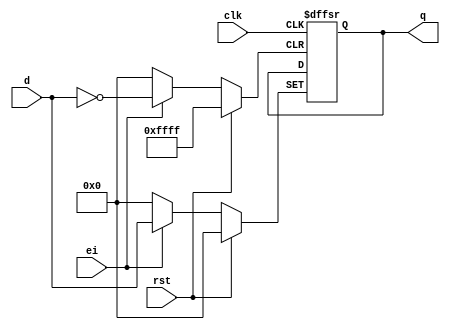
module Register (clk, d, ei, rst, q);  
  input clk, rst, ei; 
  input [15:0] d;  
  output [15:0] q;  
  reg [15:0] q;  
 
  always @(posedge clk or posedge rst or posedge ei)  
    begin  
      if (rst)  
        q <= 16'b0000000000000000;  
      else  
        if (ei)  
          q <= d;  
    end  
endmodule